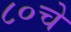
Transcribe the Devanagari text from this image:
८०चे